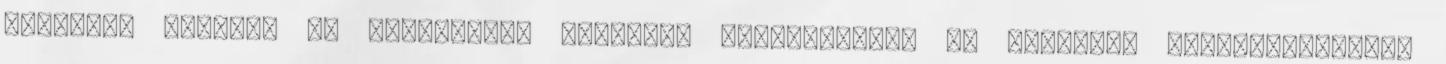
hírlevél küldése az érdeklődők részére, tájékoztatás az aktuális információkról,